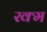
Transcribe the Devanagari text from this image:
रक्म